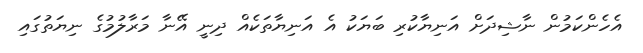
އެހެންކަމުން ނާޝިދަށް އަނިޔާކުރި ބަޔަކު އެ އަނިޔާތަކެއް ދިނީ އޭނާ މަރާލުމުގެ ނިޔަތުގައި